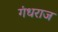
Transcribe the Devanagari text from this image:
गंधराज